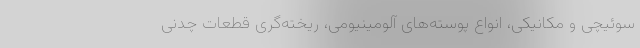
سوئیچی و مکانیکی، انواع پوسته‌های آلومینیومی، ریخته‌گری قطعات چدنی